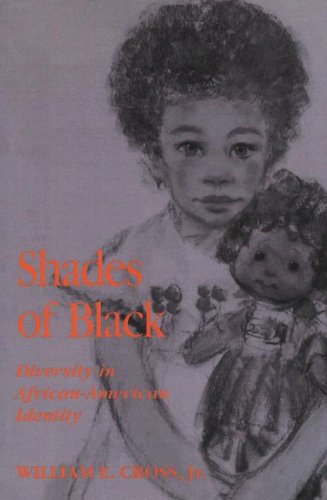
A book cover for Shades of Black: Diversity in African American Identity; William Cross; Medical Books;